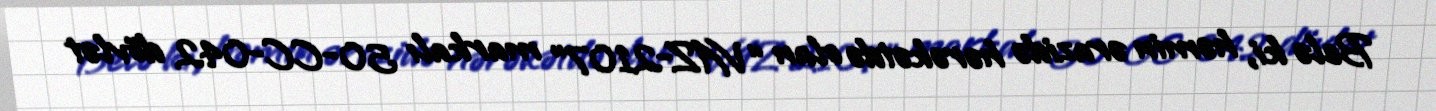
Belə ki, həmin ərazidə hərəkətdə olan “VAZ-2107” markalı 50-CC-042 dövlət